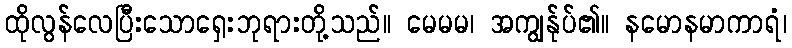
ထိုလွန်လေပြီးသောရှေးဘုရားတို့သည်။ မေမမ၊ အကျွန်ုပ်၏။ နမောနမာကာရံ၊